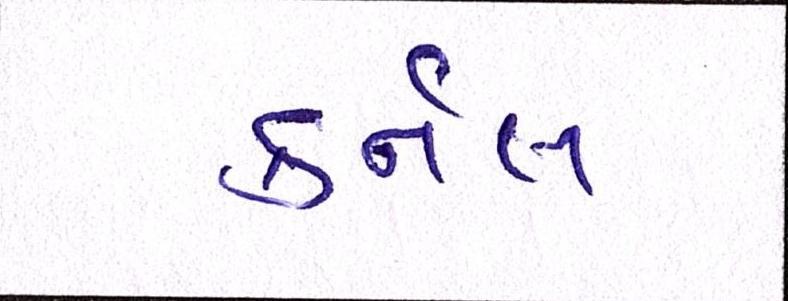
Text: કર્નલ